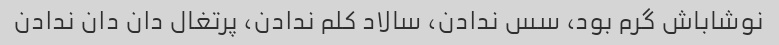
نوشاباش گرم بود، سس ندادن، سالاد کلم ندادن، پرتغال دان دان ندادن